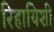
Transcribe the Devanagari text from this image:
रिहायिशी